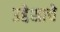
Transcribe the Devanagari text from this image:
उद्देशाचे